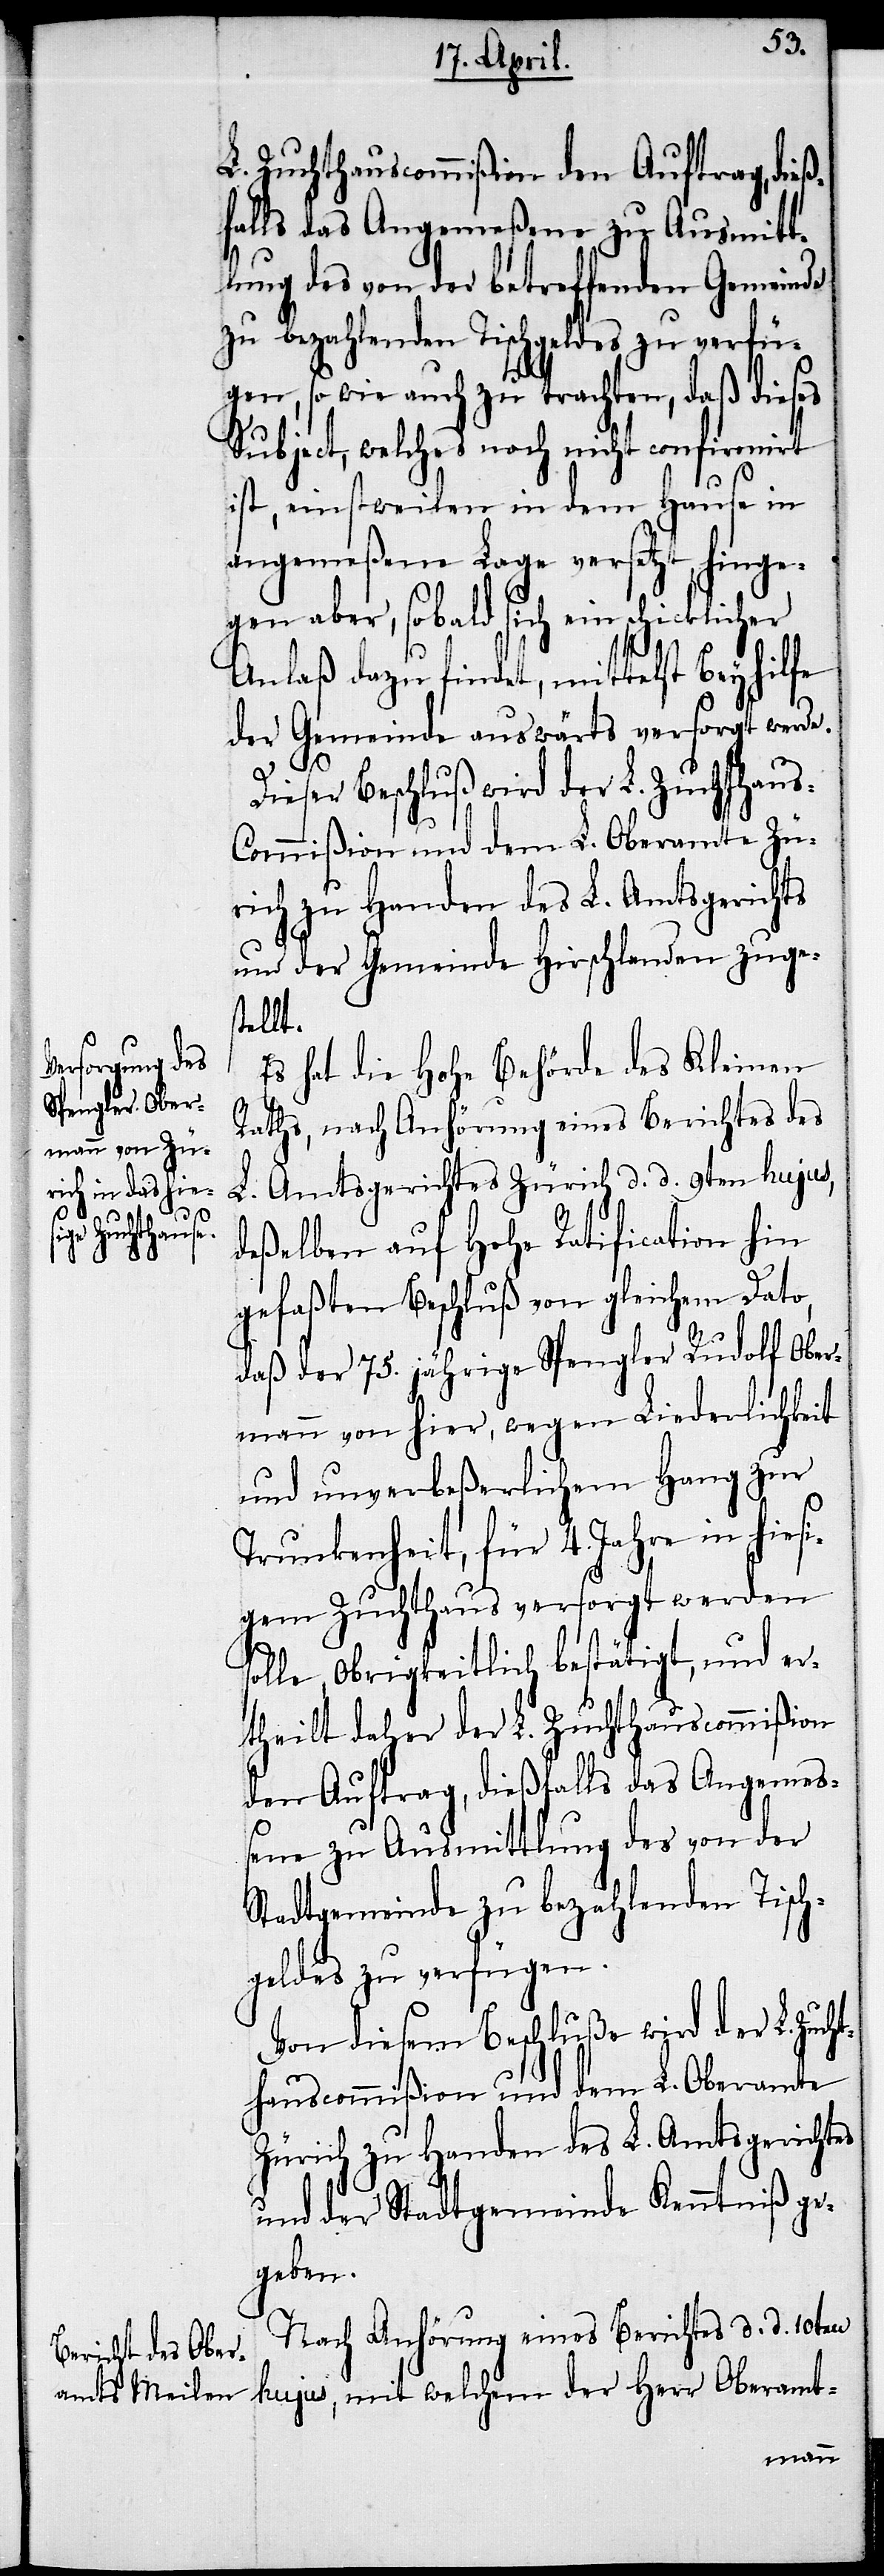
L. Zuchthauscommißion den Auftrag, dieß¬
falls das Angemeßene zu Ausmitt¬
lung des von der betreffenden Gemeinde
zu bezahlenden Tischgeldes zu verfü¬
gen, so wie auch zu trachten, daß dieses
Subject, welches noch nicht confirmirt
ist, einstweilen in dem Hause in
angemeßene Lage versetzt, hinge¬
gen aber, so bald sich ein schicklicher
Anlaß dazu findet, mittelst Beyhilfe
der Gemeinde auswärts versorgt werde.
Dieser Beschluß wird der L. Zuchthaus-C¬
ommißion und dem L. Oberamte Zü¬
rich zu Handen des L. Amtsgerichts
und der Gemeinde Hirschlanden zuges¬
tellt.
Es hat die Hohe Behörde des Kleinen
Raths, nach Anhörung eines Berichtes des
L. Amtsgerichtes Zürich d. d. 9ten hujus,
deßelben auf Hohe Ratification hin
gefaßten Beschluß von gleichem Dato,
daß der 75. jährige Spengler Rudolf Ober¬
mann von hier, wegen Liederlichkeit
und unverbeßerlichem Hang zur
Trunkenheit, für 4. Jahre in hiesi¬
gem Zuchthaus versorgt werden
solle, Obrigkeitlich bestätigt, und er¬
theilt daher der L. Zuchthauscommißion
den Auftrag, dießfalls das Angemeß¬
ene zu Ausmittlung des von der
Stadtgemeinde zu bezahlenden Tisch¬
geldes zu verfügen.
Von diesem Beschluße wird der L. Zuch¬
thauscommißion und dem L. Oberamte
Zürich zu Handen des L. Amtsgerichtes
und der Stadtgemeinde Kenntniß ge¬
geben.
Nach Anhörung eines Berichtes d. d. 10ten
hujus, mit welchem der Herr Oberamt-